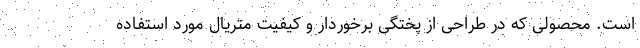
است. محصولی که در طراحی از پختگی برخوردار و کیفیت متریال مورد استفاده